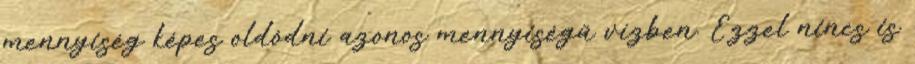
mennyiség képes oldódni azonos mennyiségű vízben. Ezzel nincs is